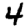
Digit: 4